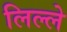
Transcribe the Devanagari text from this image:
लिल्ले